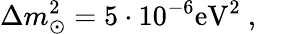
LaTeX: \Delta m_{\odot}^{2}=5\cdot 10^{-6}\mathrm{eV}^{2}~,~~~